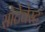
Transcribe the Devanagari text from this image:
सोटेवेस्ट